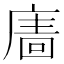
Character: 𢊂